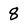
Character: 8